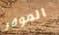
الموقر